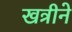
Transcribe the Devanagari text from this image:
खत्रीने